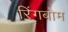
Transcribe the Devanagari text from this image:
रिंगबोम